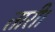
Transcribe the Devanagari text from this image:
तारी।